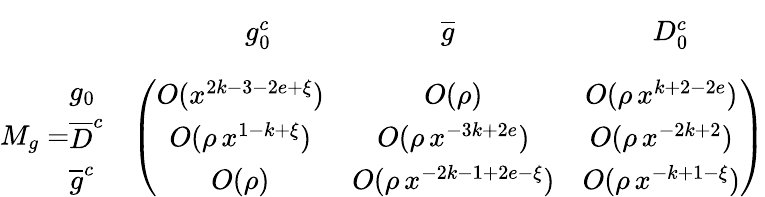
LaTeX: \begin{array}{rl}{{\vphantom{\bigg(}}}&{{\begin{array}{cccc}{{\qquad\qquad g_{0}^{c}\qquad\qquad}}&{{\quad\overline{{{g}}}\qquad\qquad}}&{{\qquad D_{0}^{c}}}&{{}}\end{array}}}\\ {{M_{g}=\begin{array}{l}{{g_{0}}}\\ {{{\overline{{D}}^{c}}}}\\ {{{\overline{{g}}^{c}}}}\end{array}}}&{{\left(\begin{array}{ccc}{{O(x^{2k-3-2e+\xi})}}&{{O(\rho)}}&{{O(\rho\, x^{k+2-2e})}}\\ {{O(\rho\, x^{1-k+\xi})}}&{{O(\rho\, x^{-3k+2e})}}&{{O(\rho\, x^{-2k+2})}}\\ {{O(\rho)}}&{{O(\rho\, x^{-2k-1+2e-\xi})}}&{{O(\rho\, x^{-k+1-\xi})}}\end{array}\right)}}\end{array}